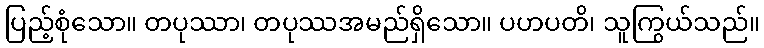
ပြည့်စုံသော။ တပုဿာ၊ တပုဿအမည်ရှိသော။ ပဟပတိ၊ သူကြွယ်သည်။